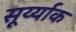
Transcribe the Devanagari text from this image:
सूर्य्याक